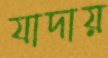
যাদায়